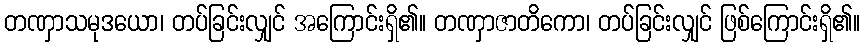
တဏှာသမုဒယော၊ တပ်ခြင်းလျှင် အကြောင်းရှိ၏။ တဏှာဇာတိကော၊ တပ်ခြင်းလျှင် ဖြစ်ကြောင်းရှိ၏။